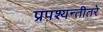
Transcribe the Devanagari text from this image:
प्रपश्यन्तीतरे